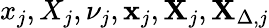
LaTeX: x_{j},X_{j},\nu_{j},\mathbf{x}_{j},\mathbf{X}_{j},\mathbf{X}_{\Delta,j}